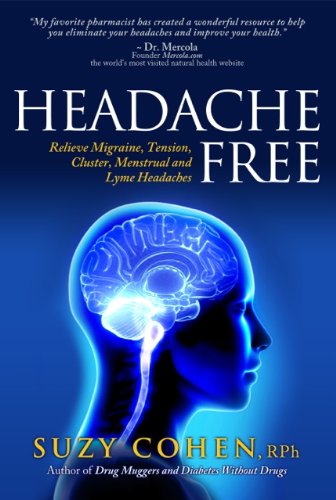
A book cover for Headache Free: Relieve Migraine, Tension, Cluster, Menstrual and Lyme Headaches; Suzy Cohen RPh; Health, Fitness & Dieting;